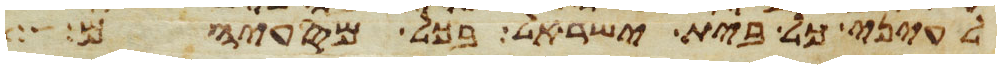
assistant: לעיני כל בית ישראל בכל מסעיהם